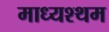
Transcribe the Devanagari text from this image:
माध्यश्थम